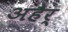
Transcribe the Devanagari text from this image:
अहैर्